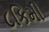
૮કિમી